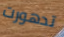
تدهورت